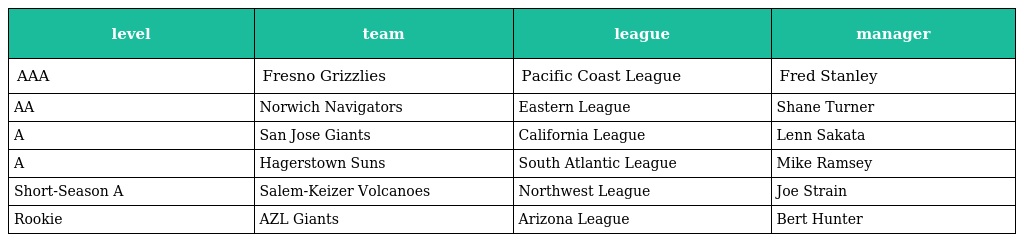
| level | team | league | manager |
 | --- | --- | --- | --- |
 | AAA | Fresno Grizzlies | Pacific Coast League | Fred Stanley |
 | AA | Norwich Navigators | Eastern League | Shane Turner |
 | A | San Jose Giants | California League | Lenn Sakata |
 | A | Hagerstown Suns | South Atlantic League | Mike Ramsey |
 | Short-Season A | Salem-Keizer Volcanoes | Northwest League | Joe Strain |
 | Rookie | AZL Giants | Arizona League | Bert Hunter |